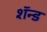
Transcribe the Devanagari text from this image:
शॅन्ड